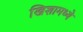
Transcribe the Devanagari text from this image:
खिशामध्ये